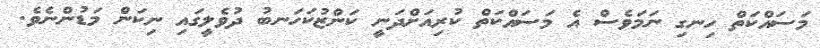
މަސައްކަތް ހިނގި ނަމަވެސް އެ މަސައްކަތް ކުރިއަށްދަނީ ކަންޒުކަހަނބު ދުވެލީގައި ނިކަން މަޑުންނެވެ.